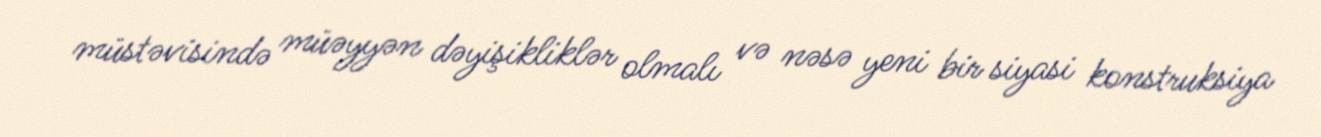
müstəvisində müəyyən dəyişikliklər olmalı və nəsə yeni bir siyasi konstruksiya